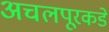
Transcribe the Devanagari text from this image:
अचलपूरकडे